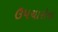
ઉપચારોના